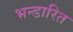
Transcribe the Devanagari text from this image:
भन्‍डारित